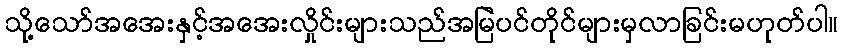
သို့သော်အအေးနှင့်အအေးလှိုင်းများသည်အမြဲပင်တိုင်များမှလာခြင်းမဟုတ်ပါ။